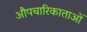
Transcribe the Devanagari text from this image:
औपचारिकाताओं